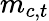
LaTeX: m_{c,t}